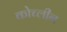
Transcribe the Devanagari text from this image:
कोच्लीन